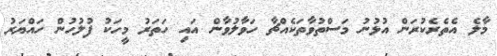
މާލެ އެތެރެކުރަން އުޅުނު މަސްތުވާތަކެއްޗާ ހަވާލުވާން އައި ހަތަރު މީހަކު ފުލުހުން ހައްޔަރު